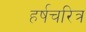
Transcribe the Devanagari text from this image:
हर्षचरित्र